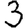
Digit: 3